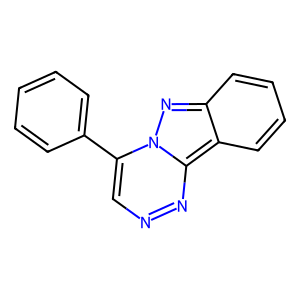
SMILES: c1ccc(-c2cnnc3c4ccccc4nn23)cc1
Inhibits HIV replication: No